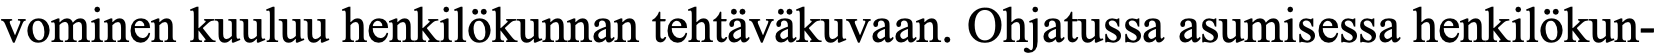
vominen kuuluu henkilökunnan tehtäväkuvaan. Ohjatussa asumisessa henkilökun-